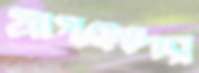
প্রাপকদের